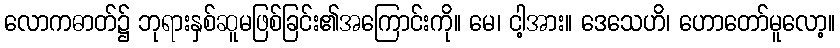
လောကဓာတ်၌ ဘုရားနှစ်ဆူမဖြစ်ခြင်း၏အကြောင်းကို။ မေ၊ ငါ့အား။ ဒေသေဟိ၊ ဟောတော်မူလော့။